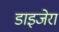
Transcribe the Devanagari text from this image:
डाइजेरा